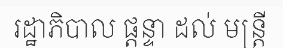
រដ្ឋាភិបាល ផ្តន្ទា ដល់ មន្ត្រី